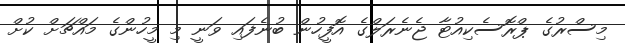
މިސްރުގެ ޕްރޮސެކިއުޓާ ޖެނެރަލްގެ އޮފީހުން ބުނެފައި ވަނީ މި މީހުންގެ މައްޗަށް ކުށް